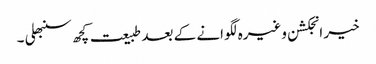
خیر انجکشن وغیرہ لگوانے کے بعد طبیعت کچھ سنبھلی ۔